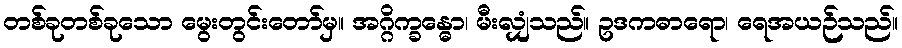
တစ်ခုတစ်ခုသော မွေးတွင်းတော်မှ။ အဂ္ဂိက္ခန္ဓော၊ မီးလျှံသည်။ ဥဒကဓာရော၊ ရေအယဉ်သည်။